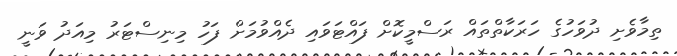
ތިމާވެށި ދުވަހުގެ ހަރަކާތްތައް ރަސްމީކޮށް ފައްޓަވައި ދެއްވުމަށް ފަހު މިނިސްޓަރު މިއަދު ވަނީ